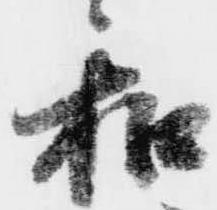
和